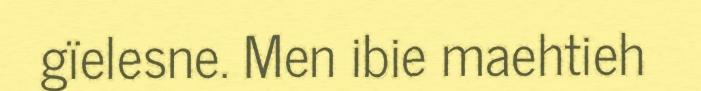
gïelesne. Men ibie maehtieh